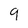
Character: 9